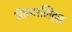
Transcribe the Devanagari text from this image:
ऑस्टरलिट्ज़